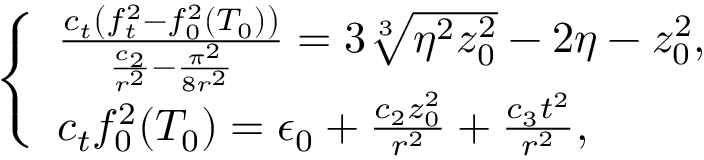
\left\{ \begin{array} { l l } { \frac { c _ { t } \left( f _ { t } ^ { 2 } - f _ { 0 } ^ { 2 } ( T _ { 0 } ) \right) } { \frac { c _ { 2 } } { r ^ { 2 } } - \frac { \pi ^ { 2 } } { 8 r ^ { 2 } } } = 3 \sqrt [ 3 ] { \eta ^ { 2 } z _ { 0 } ^ { 2 } } - 2 \eta - z _ { 0 } ^ { 2 } , } \\ { c _ { t } f _ { 0 } ^ { 2 } ( T _ { 0 } ) = \epsilon _ { 0 } + \frac { c _ { 2 } z _ { 0 } ^ { 2 } } { r ^ { 2 } } + \frac { c _ { 3 } t ^ { 2 } } { r ^ { 2 } } , } \end{array} \right.